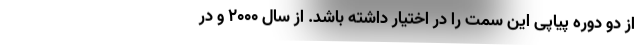
از دو دوره پیاپی این سمت را در اختیار داشته باشد. از سال ۲۰۰۰ و در